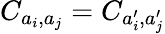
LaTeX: C_{a_{i},a_{j}}=C_{a_{i}^{\prime},a_{j}^{\prime}}